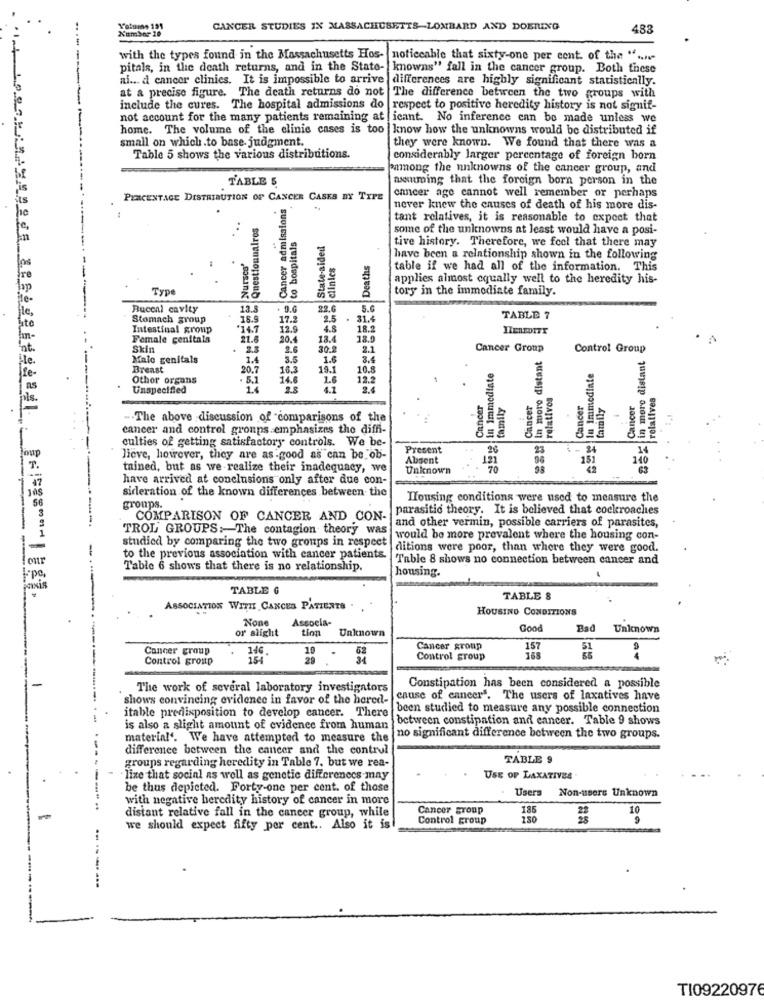
-----
CANCER STUDIES IN MASSACHUSETTS-LOMBARD AND DOERING
488
with the types found in the Massachusetts Hos- noticeable that sixty-one per cent of the " ....-
pitals, in the death returns, and in the State- knowns" fall in the cancer group. Both these
ai ... d cancer clinics. It is impossible to arrive
differences are highly significant statistically.
at a precise figure. The death returns do not The difference between the two groups with
include the cures. The hospital admissions do
respect to positive heredity history is not signif-
not account for the many patients remaining at icant. No inference can be made unless we
home. The volume of the clinic cases is too know how the unknowns would be distributed if
small on which.to base. judgment.
they were known. We found that there was a
Table 5 shows the various distributions.
considerably larger percentage of foreign born
among the unknowns of the cancer group, and
TABLE 5
assuming that the foreign born person in the
PERCENTAGE DISTRIBUTION OF CANCER CASES BY TYPE
Cancer admissions
cancer age cannot well remember or perhaps
never knew the causes of death of his more dis-
Questionnaires
tant relatives, it is reasonable to expect that
some of the unknowns at least would have a posi-
to hospitals
State-aided
tive history. Therefore, we feel that there may
Nurses'
clinics
Deaths
have been a relationship shown in the following
table if we had all of the information. This
applies almost equally well to the heredity his-
Type
tory in the immediate family.
Buccal cavity
13.5
9.6
22.6
5.6
Stomach group
18.9
17.2
2.5
31.4
TABLE 7
Intestinal group
*14.1
12.9
4.8
18.2
HEREDITY
Female genitals
21.8
20.4
13.4
18.9
Skin
2.6
30.2
2.1
Cancer Group
Control Group
Male genitals
1.4
3.5
1.6
3.4
SS& In more distant
Sar in more distant
Breast
20.7
16.3
19.1
10.8
gin Immediate
SEE In Immediate
Othor organs
5.1
14.6
1.6
12.2
Unspecified
4.1
2.4
relativos
relatives
Cancer
family
Cancer
Cancer
family
Cancer
- The above discussion of "comparisons of the
cancer and control groups emphasizes the diffi-
culties of getting satisfactory controls. We be-
Present
14
lieve, however, they are as good as can be ob-
Absent
151
140
tained, but as we realize their inadequacy, we
Unknown
42
have arrived at conclusions only after due con-
JOS
sideration of the known differences between the
Housing conditions were used to measure the
56
groups.
parasitic theory. It is believed that cockroaches
3
COMPARISON OF CANCER AND CON-
TROL GROUPS:The contagion theory was
and other vermin, possible carriers of parasites,
studied by comparing the two groups in respect
would be more prevalent where the housing con-
ditions were poor, than where they were good.
onr
to the previous association with cancer patients.
Table 8 shows no connection between cancer and
Table 6 shows that there is no relationship.
housing.
TABLE G
TABLE 8
ASSOCIATION WITH CANCER PATIENTS .
HOUSING CONDITIONS
Associa-
tion
Unknown
Good
Bad
Unknown
or sìight
Cancer group
10
Cancer group
157
Control group
28
Control group
168
-
The work of several laboratory investigators
Constipation has been considered a possible
shows convincing evidence in favor of the hered-
cause of cancer". The users of laxatives have
itable predisposition to develop cancer. There
been studied to measure any possible connection
between constipation and cancer. Table 9 shows
is also a slight amount of evidence from human
material'. We have attempted to measure the
no significant difference between the two groups.
difference between the cancer and the contrul
TABLES
groups regarding heredity in Table 7, but we rea-
lize that social as well as genetic differences may
USE OP LAXATIVES
be thus depicted. Forty-one per cent. of those
Users
Non-users Unknown
with negative heredity history of cancer in more
Cancer group
185
10
distant relative fall in the cancer group, while
Control group
250
we should expect fifty per cent .. Also it is
TI09220976